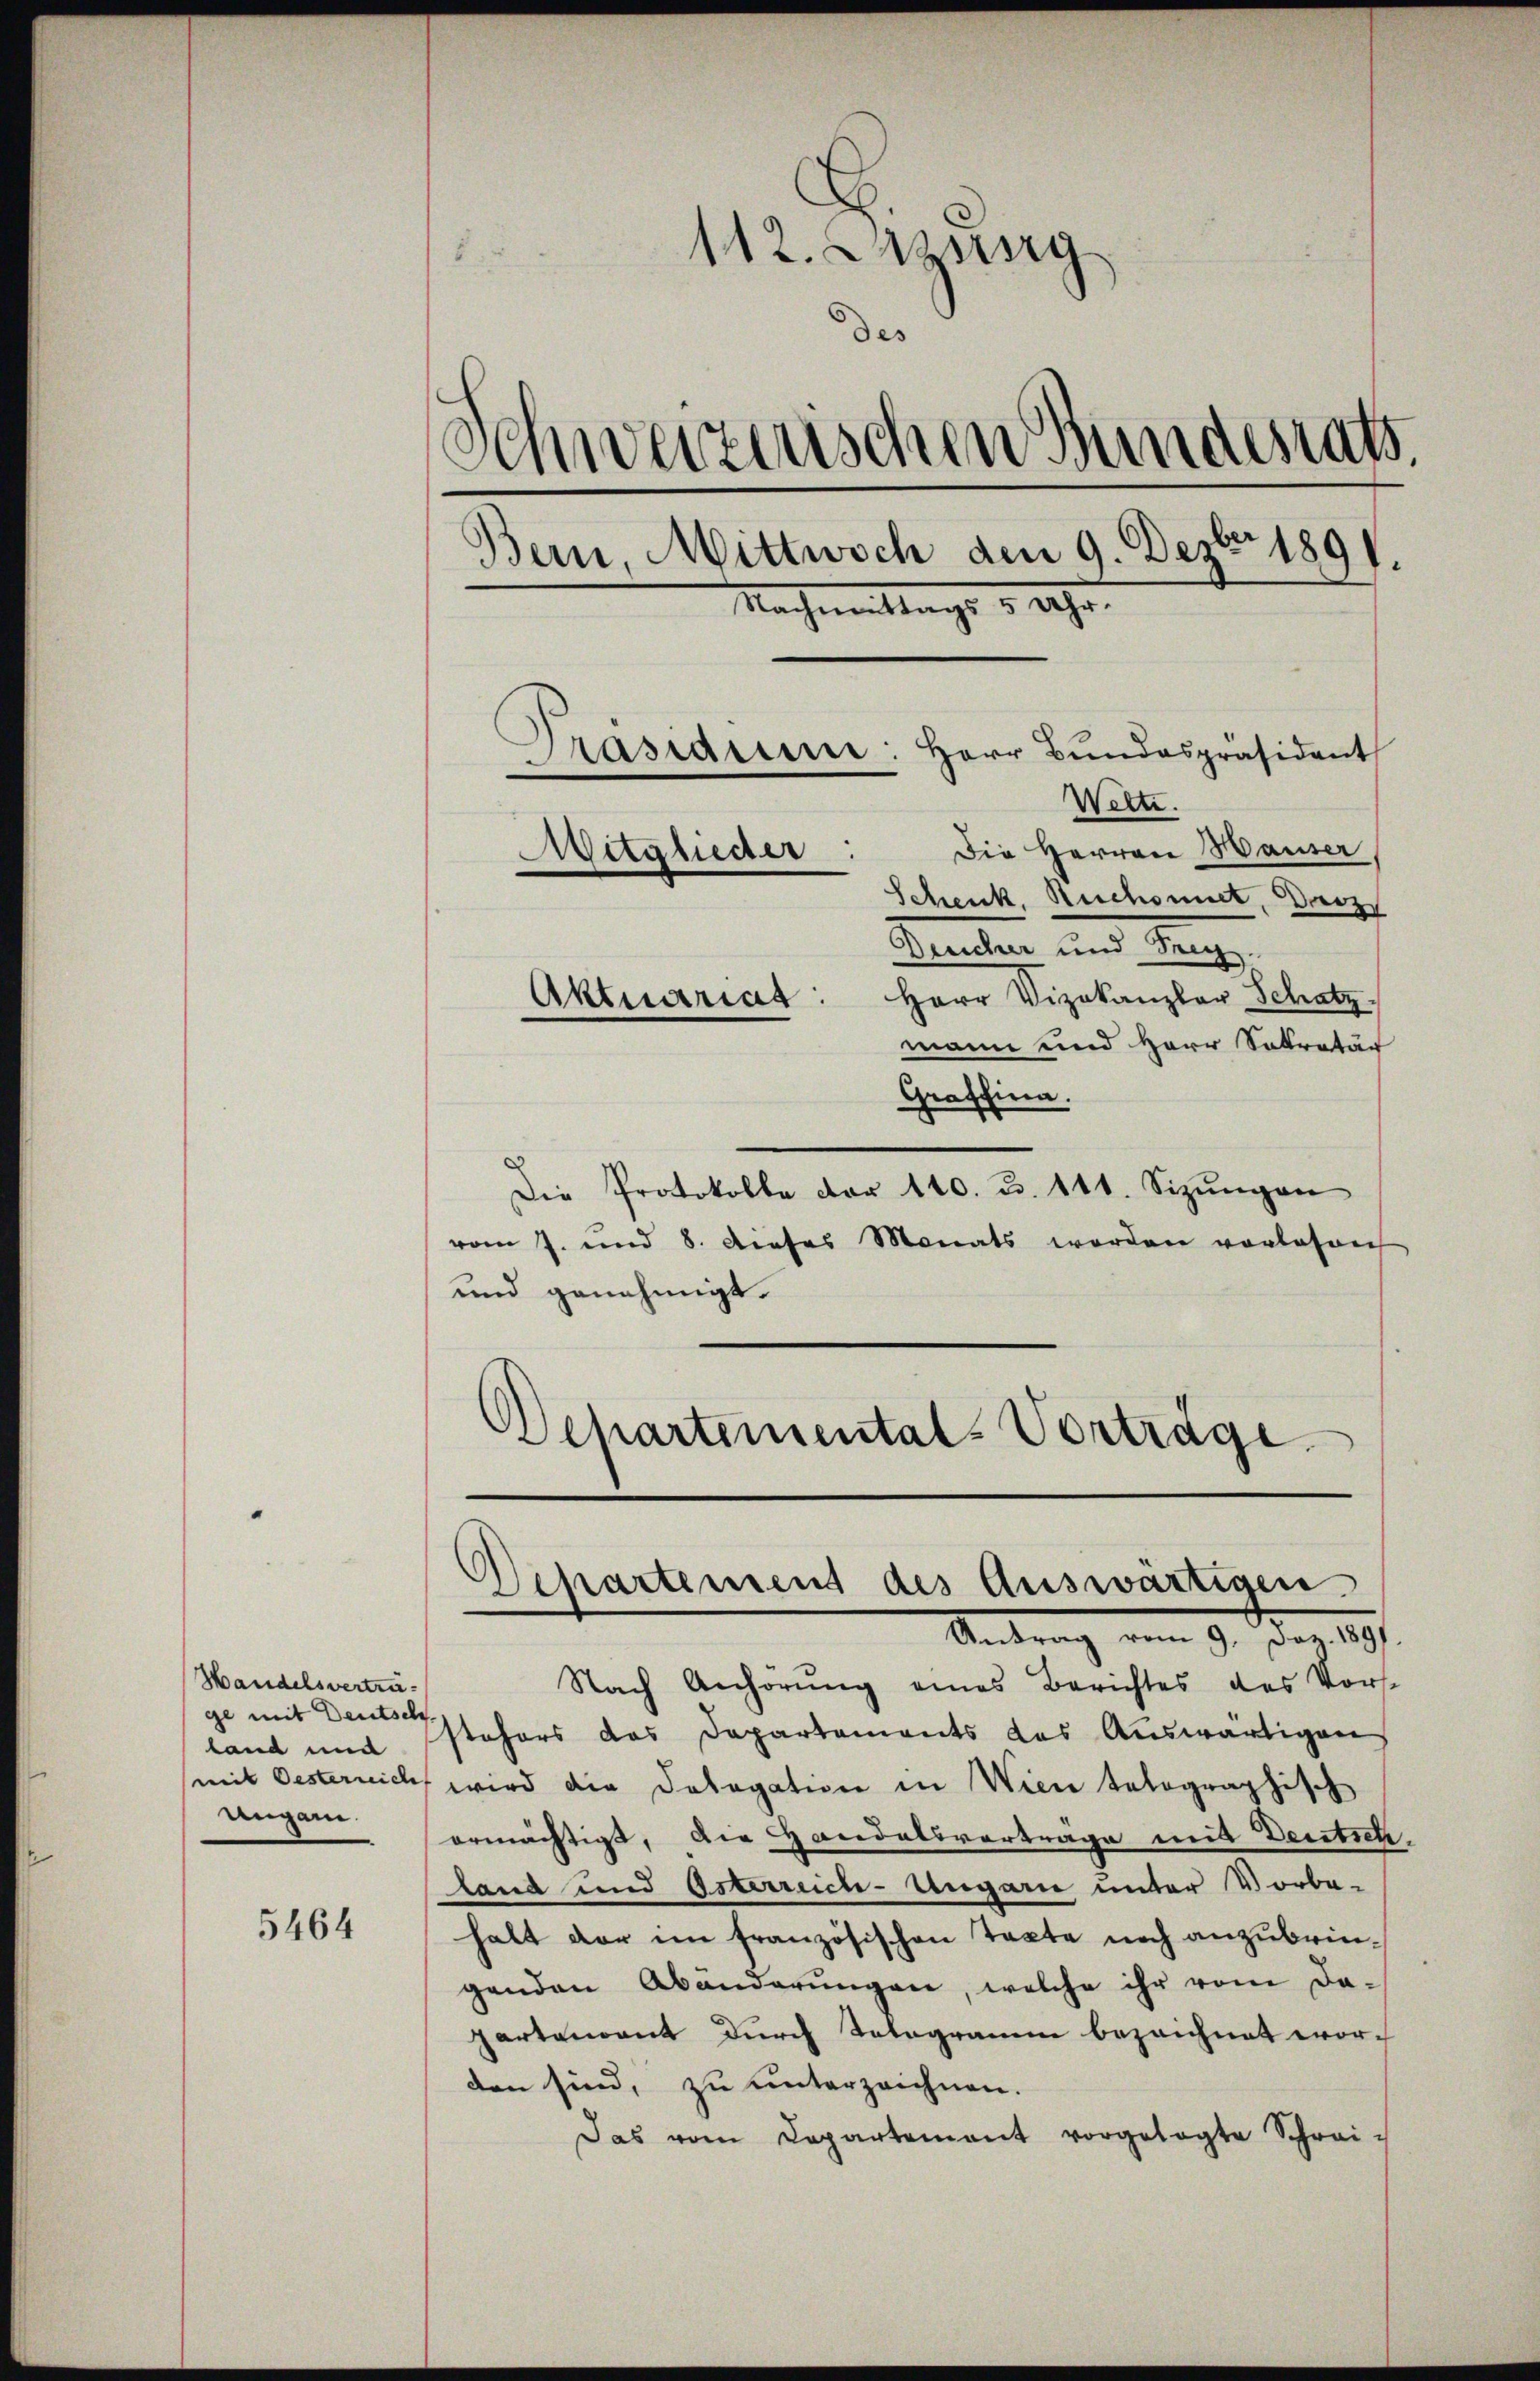
Handelsvertrage mit Deutsch
land und

5464

112. Sitzung
Be
des
.
Schweizerischen Bundesrath.
Bern, Mittwoch den 9. Dezbr 1891.
Nachmittags u. wahr.
Präsidiuni: Herr Bŭndespräsident
Wette.
Die Herren Hauser,
Mitglieder
Schenk, Ruchsmut, Darz
Bericher und Seeg
Aktuariat: Herr Vizekanzler Schatz
mann und Herr Sekretär

Graffinn.
Die Protokolle dor 140. u. 141. Sizŭngen
vom 7. und 8. dieses Monats worden vorlesen
und genehmigt.
Departemental-Vorträge

Departement des Auswärtigen
Antrag vom 9. Dez. 1891.

Nach Anhörung eines Berichtes des Vorst
stehers das Departements das Auswärtigen
mit Oesternicht wird die Delegation in Wien telographisch
angen ermächtigt, die Handelsvorträge mit Deutsch.
land und Osterreich-Ungarie unter Vorbe-
halt der im französischen Texte noch anzubringenden Abänderŭngen, welche ihr vom Da-
Gartenant durch Tologramme bezeichnet worden sind, zu unterzeichnen.
Das vom Capartement vorgelegte Schrei¬